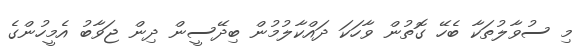
މި ސުވާލުތަކާ ބެހޭ ގޮތުން ވާހަކަ ދައްކާލުމުން ބިދޭސީން ދިން ޖަވާބު އެމީހުންގެ